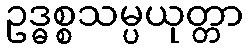
ဥဒ္ဓစ္စသမ္ပယုတ္တာ